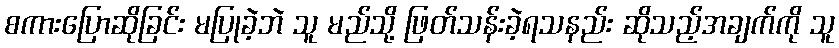
စကားပြောဆိုခြင်း မပြုခဲ့ဘဲ သူ မည်သို့ ဖြတ်သန်းခဲ့ရသနည်း ဆိုသည့်အချက်ကို သူ